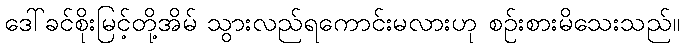
ဒေါ်ခင်စိုးမြင့်တို့အိမ် သွားလည်ရကောင်းမလားဟု စဉ်းစားမိသေးသည်။